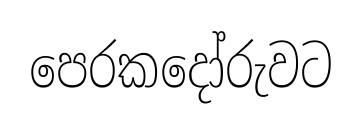
පෙරකදෝරුවට